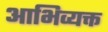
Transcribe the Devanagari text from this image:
आभिव्यक्त